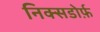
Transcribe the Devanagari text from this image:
निक्सडोर्फ़